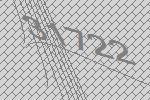
31722